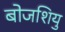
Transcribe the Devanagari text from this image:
बोजशियु